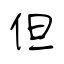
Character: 但